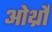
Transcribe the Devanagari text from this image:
ओर्थ्रो